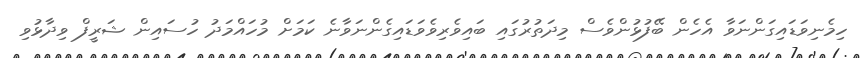
ހިމެނިވަޑައިގަންނަވާ އެހެން ބޭފުޅުންވެސް މިދަތުރުގައި ބައިވެރިވެވަޑައިގެންނަވާނެ ކަމަށް މުހައްމަދު ހުސައިން ޝަރީފް ވިދާޅުވި